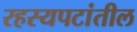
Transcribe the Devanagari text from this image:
रहस्यपटांतील